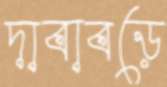
দাবাবড়ে